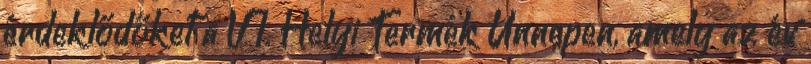
érdeklődőket a VI. Helyi Termék Ünnepen, amely az év